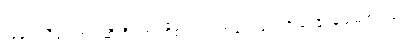
လူမှုကူညီရေးအဖွဲ့ ဆီးရီးယားတို့၏ သည့်အချက်များကို ခံရနိုင်မည်မဟုတ်ပေ